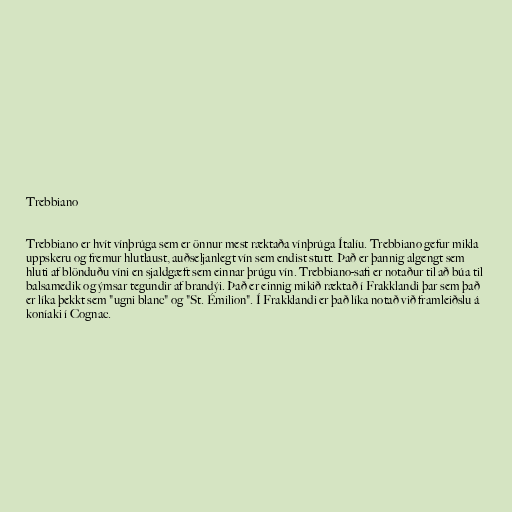
Trebbiano

Trebbiano er hvít vínþrúga sem er önnur mest ræktaða vínþrúga Ítalíu. Trebbiano gefur mikla
uppskeru og fremur hlutlaust, auðseljanlegt vín sem endist stutt. Það er þannig algengt sem
hluti af blönduðu víni en sjaldgæft sem einnar þrúgu vín. Trebbiano-safi er notaður til að búa til
balsamedik og ýmsar tegundir af brandýi. Það er einnig mikið ræktað í Frakklandi þar sem það
er líka þekkt sem "ugni blanc" og "St. Émilion". Í Frakklandi er það líka notað við framleiðslu á
koníaki í Cognac.